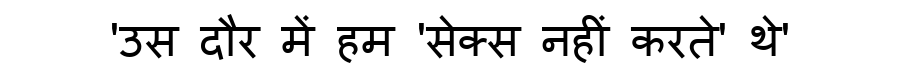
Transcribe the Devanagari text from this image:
'उस दौर में हम 'सेक्स नहीं करते' थे'